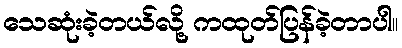
သေဆုံးခဲ့တယ်လို့ ကထုတ်ပြန်ခဲ့တာပါ။